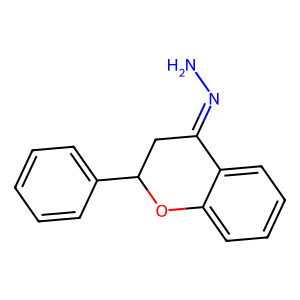
SMILES: NN=C1CC(c2ccccc2)Oc2ccccc21
Inhibits HIV replication: No